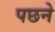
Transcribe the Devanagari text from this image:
पछने